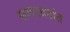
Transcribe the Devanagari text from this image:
सत्याग्रहांत